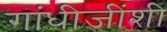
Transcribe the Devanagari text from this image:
गांधीजींशी